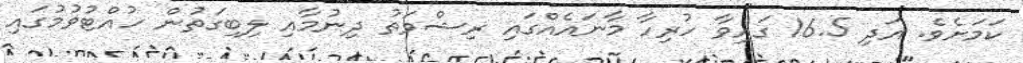
ކަމަށެވެ. އަދި 16.5 ގައިވާ ހުރިހާ މާނައެއްގައި ރިޝްވަތު ދިނުމާއި ލިބިގަތުން ހުއްޓުވުމުގައި